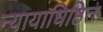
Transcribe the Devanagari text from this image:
न्यायाधिष्ठित